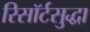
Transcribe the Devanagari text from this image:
रिसॉर्टसुद्धा